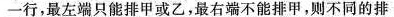
最左端只能排甲或乙，最右端不能排甲，则不同的排